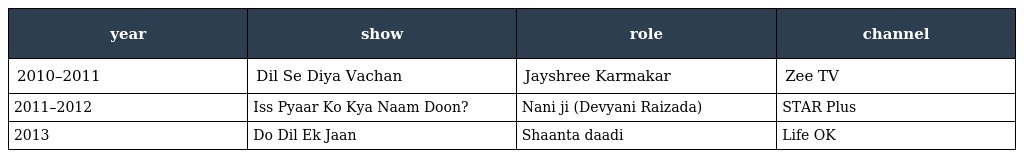
| year | show | role | channel |
 | --- | --- | --- | --- |
 | 2010–2011 | Dil Se Diya Vachan | Jayshree Karmakar | Zee TV |
 | 2011–2012 | Iss Pyaar Ko Kya Naam Doon? | Nani ji (Devyani Raizada) | STAR Plus |
 | 2013 | Do Dil Ek Jaan | Shaanta daadi | Life OK |